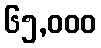
၆၅,၀၀၀